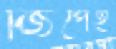
জিপেই